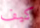
كيف